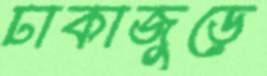
ঢাকাজুড়ে